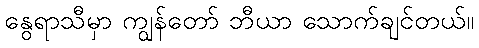
နွေရာသီမှာ ကျွန်တော် ဘီယာ သောက်ချင်တယ်။